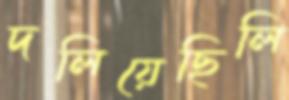
দলিয়েছিলি